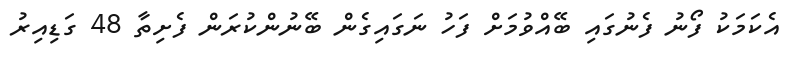
އެކަމަކު ފޯނު ފެނުގައި ބޭއްވުމަށް ފަހު ނަގައިގެން ބޭނުންކުރަން ފެށިތާ 48 ގަޑިއިރު